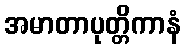
အမာတာပုတ္တိကာနံ